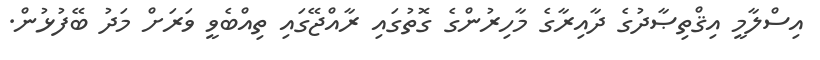
އިސްލާމީ އިޤްތިޞާދުގެ ދާއިރާގެ މާހިރުންގެ ގޮތުގައި ރާއްޖޭގައި ތިއްބެވީ ވަރަށް މަދު ބޭފުޅުން.